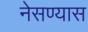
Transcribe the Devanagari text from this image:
नेसण्यास